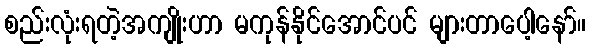
စည်းလုံးရတဲ့အကျိုးဟာ မကုန်နိုင်အောင်ပင် များတာပေါ့နော်။